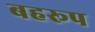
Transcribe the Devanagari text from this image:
बहरूप